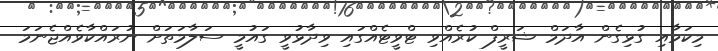
މިކަމާއި ގުޅިގެން އާދަމް ޝަރީފް ކުރެއްވި ޓްވީޓެއްގައި ވިދާޅުވީ ގައުމީ ސަލާމަތަށް ނުރައްކާވެއްޖެނަމަ